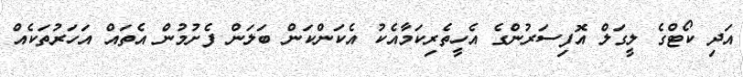
އަދި ކޯޓްގެ ލީގަލް އޮފިސަރުންގެ އެހީތެރިކަމާއެކު އެކަންކަން ބަލަން ފެށުމުން އެތައް އަހަރުތަކެއް